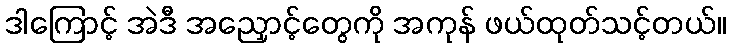
ဒါကြောင့် အဲဒီ အညှောင့်တွေကို အကုန် ဖယ်ထုတ်သင့်တယ်။